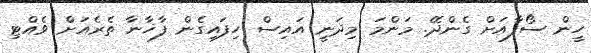
ހީން ސޯފާއަށް ގެންދޭ. މަންމަ މިދަނީ އައިސް ހިފައިގެން ފާޚާނާ ތެރެއަށް ވެއްޓި